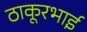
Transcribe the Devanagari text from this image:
ठाकूरभाई